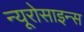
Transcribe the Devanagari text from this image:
न्यूरोसाइन्स